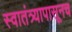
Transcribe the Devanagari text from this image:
स्वातंत्र्यापासूनच